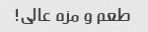
طعم و مزه عالی!